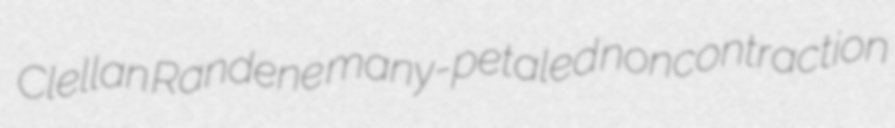
Clellan Randene many-petaled noncontraction